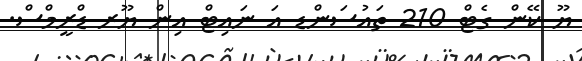
ޔޫ ކޭން ގެޓް 210 ތައުސަންޑ އަ ނައިޓް އިން ޔޫރ ޑްރީމްސް.